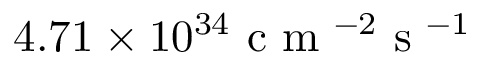
4 . 7 1 \times 1 0 ^ { 3 4 } \mathrm { ~ c ~ m ~ } ^ { - 2 } \mathrm { ~ s ~ } ^ { - 1 }